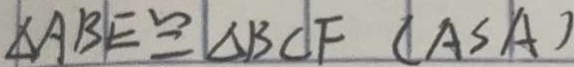
\Delta A B E \cong \Delta B C F ( A S A )